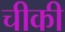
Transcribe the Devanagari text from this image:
चीकी